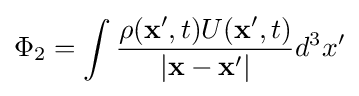
\Phi _{2}=\int {\rho (\mathbf {x} ',t)U(\mathbf {x} ',t) \over |\mathbf {x} -\mathbf {x} '|}d^{3}x'